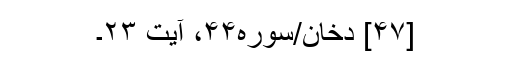
[۴۷] دخان/سوره۴۴، آیت ۲۳۔